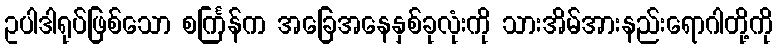
ဥပါဒါရုပ်ဖြစ်သော စင်္ကြန်က အခြေအနေနှစ်ခုလုံးကို သားအိမ်အားနည်းရောဂါတို့ကို